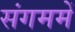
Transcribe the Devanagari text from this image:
संगममें